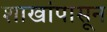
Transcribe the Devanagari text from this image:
शाखांपासून